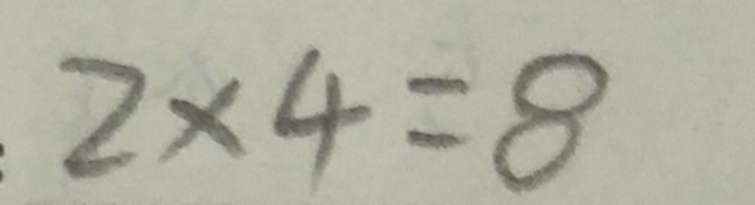
2 \times 4 = 8